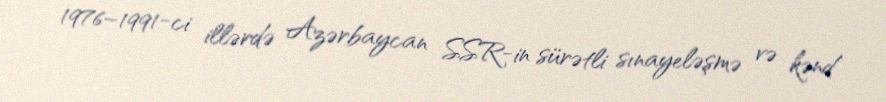
1976–1991-ci illərdə Azərbaycan SSR-in sürətli sınayeləşmə və kənd